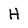
Character: H